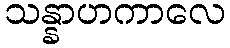
သန္နာဟကာလေ